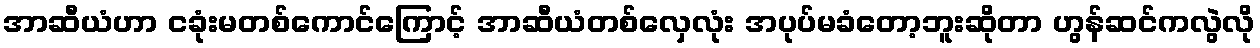
အာဆီယံဟာ ငခုံးမတစ်ကောင်ကြောင့် အာဆီယံတစ်လှေလုံး အပုပ်မခံတော့ဘူးဆိုတာ ဟွန်ဆင်ကလွဲလို